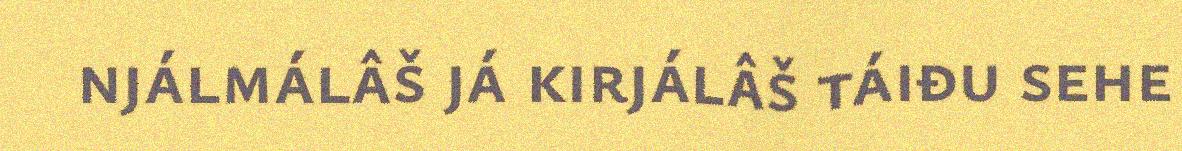
njálmálâš já kirjálâš táiđu sehe